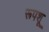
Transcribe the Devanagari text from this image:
रूपशू